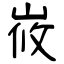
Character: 峳